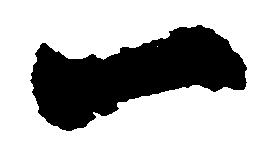
一